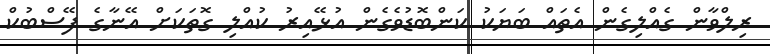
ރިލްވާން ގެއްލިގެން އެތައް ބަޔަކު ކަންބޮޑުވެގެން އުޅޭއިރު ކުއްލި ގޮތަކަށް އޭނާގެ ފޭސްބުކް